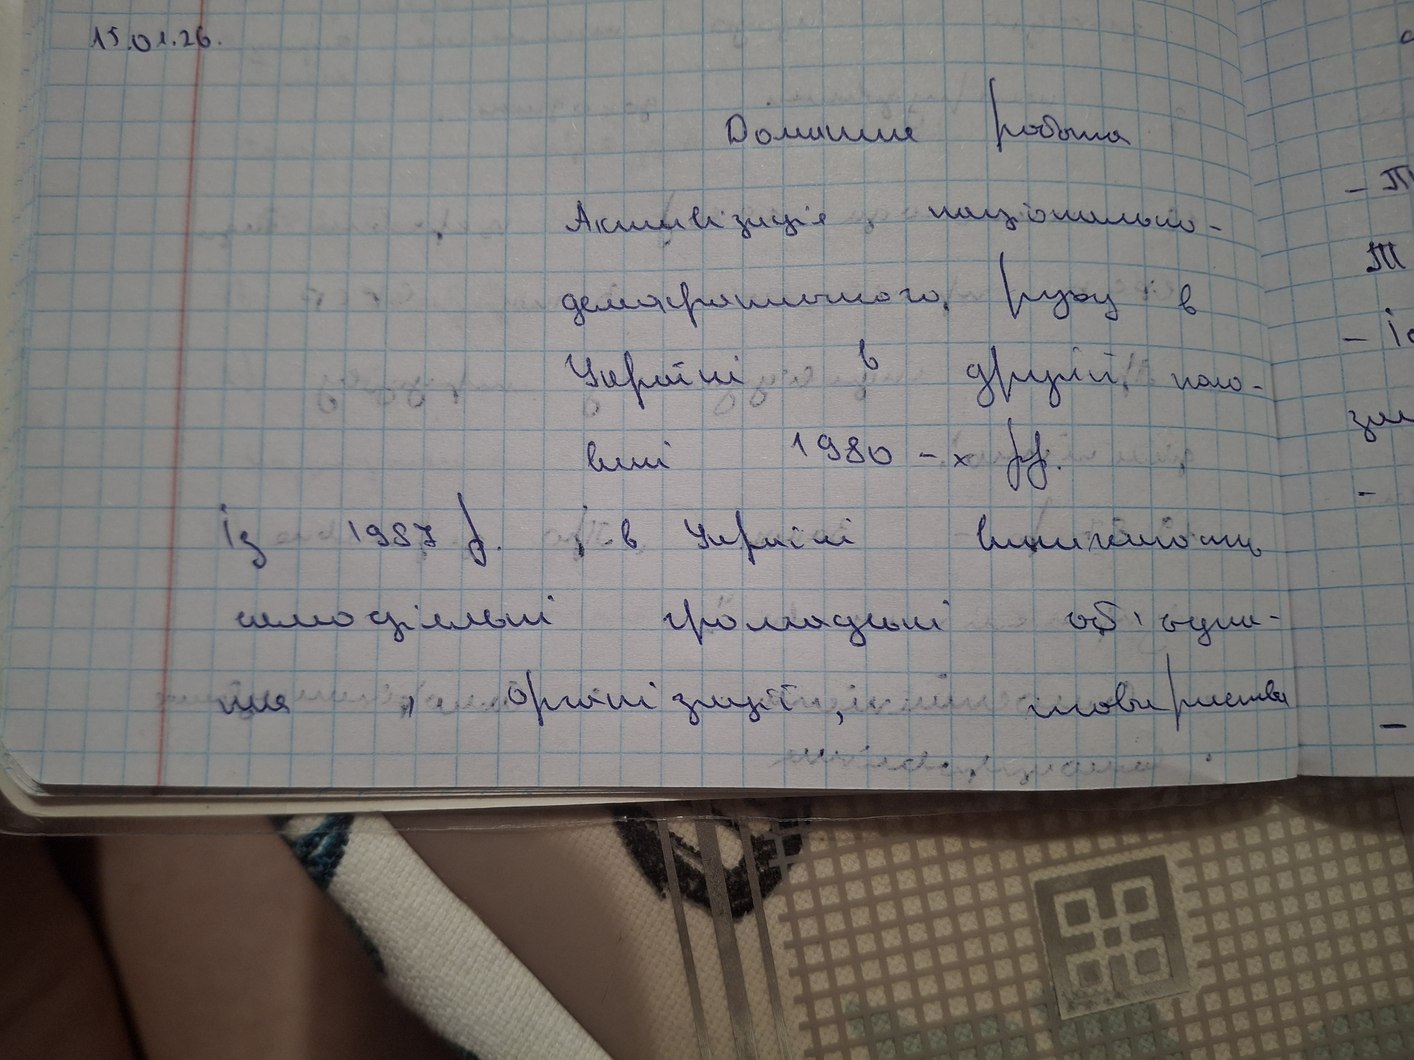
15.01.26.
Домашня робота
-Т
Активізація національно-
Т
демакритичного  руху в
-і
Україні в другій поло-
зм
вині 1980-х рр.
Із 1987 р і в Україні виникають
самодіяльні громадські обєдна-
ння  і організації,товариства